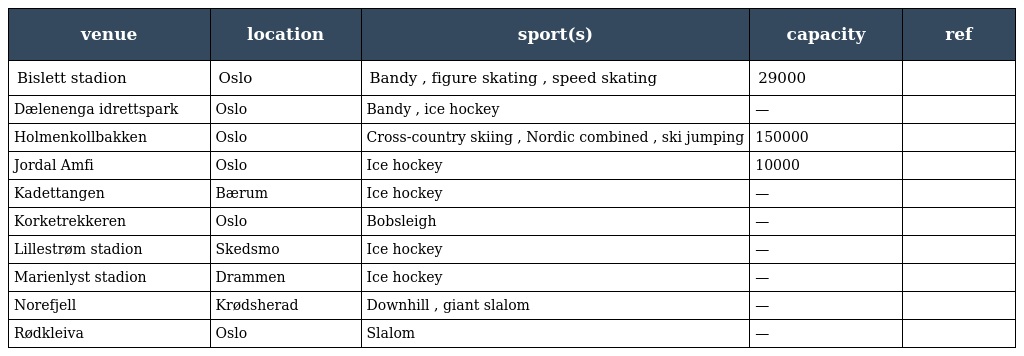
| venue | location | sport(s) | capacity | ref |
 | --- | --- | --- | --- | --- |
 | Bislett stadion | Oslo | Bandy , figure skating , speed skating | 29000 |  |
 | Dælenenga idrettspark | Oslo | Bandy , ice hockey | — |  |
 | Holmenkollbakken | Oslo | Cross-country skiing , Nordic combined , ski jumping | 150000 |  |
 | Jordal Amfi | Oslo | Ice hockey | 10000 |  |
 | Kadettangen | Bærum | Ice hockey | — |  |
 | Korketrekkeren | Oslo | Bobsleigh | — |  |
 | Lillestrøm stadion | Skedsmo | Ice hockey | — |  |
 | Marienlyst stadion | Drammen | Ice hockey | — |  |
 | Norefjell | Krødsherad | Downhill , giant slalom | — |  |
 | Rødkleiva | Oslo | Slalom | — |  |